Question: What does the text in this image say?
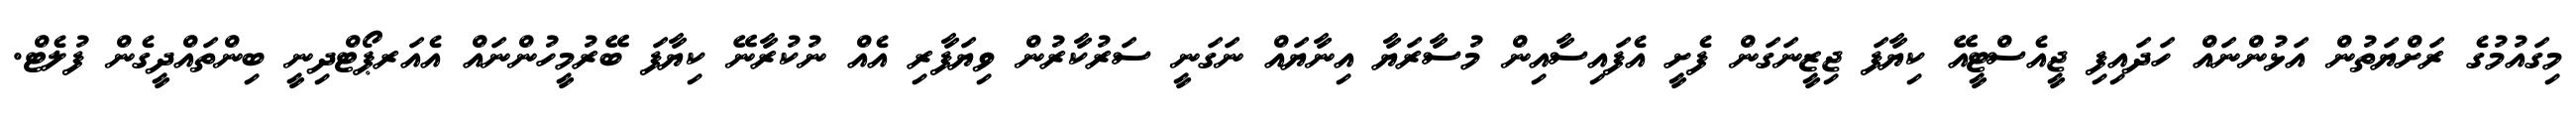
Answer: މިގައުމުގެ ރަށްޔަތުން އަޅުންނައް ހަދައިފި ޖީއެސްޓީއޭ ކިޔާފަ ޖިޒީނަގަން ފެށީ އެފައިސާއިން މުސާރަޔާ އިނާޔައް ނަގަނީ ސަރުކާރުން ވިޔަފާރި އެއް ނުކުރާނޭ ކިޔާފަ ބޭރުމީހުންނައް އެއަރޕޯޓްދިނީ ބިންތައްދީގެން ފުލެޓް.